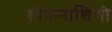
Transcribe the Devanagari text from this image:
शोकनाशिणी